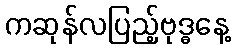
ကဆုန်လပြည့်ဗုဒ္ဓနေ့